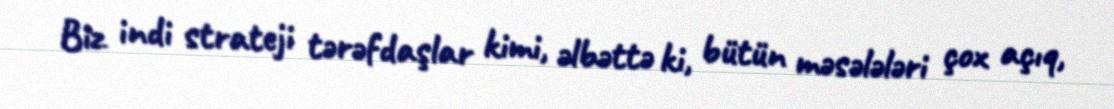
Biz indi strateji tərəfdaşlar kimi, əlbəttə ki, bütün məsələləri çox açıq,